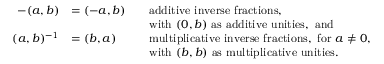
{ \begin{array} { r l r l } { - ( a , b ) } & { = ( - a , b ) } & & { { \mathrm { a d d i t i v e ~ i n v e r s e ~ f r a c t i o n s , } } } \\ & { } & & { { \mathrm { w i t h ~ } } ( 0 , b ) { \mathrm { ~ a s ~ a d d i t i v e ~ u n i t i e s , ~ a n d } } } \\ { ( a , b ) ^ { - 1 } } & { = ( b , a ) } & & { { \mathrm { m u l t i p l i c a t i v e ~ i n v e r s e ~ f r a c t i o n s , ~ f o r ~ } } a \neq 0 , } \\ & { } & & { { \mathrm { w i t h ~ } } ( b , b ) { \mathrm { ~ a s ~ m u l t i p l i c a t i v e ~ u n i t i e s } } . } \end{array} }